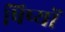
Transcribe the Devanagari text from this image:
षिष्यों